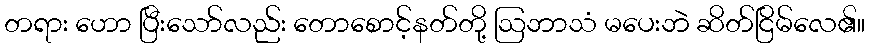
တရား ဟော ပြီးသော်လည်း တောစောင့်နတ်တို့ ဩဘာသံ မပေးဘဲ ဆိတ်ငြိမ်လေ၏။